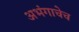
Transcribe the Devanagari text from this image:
अभंगाचेच